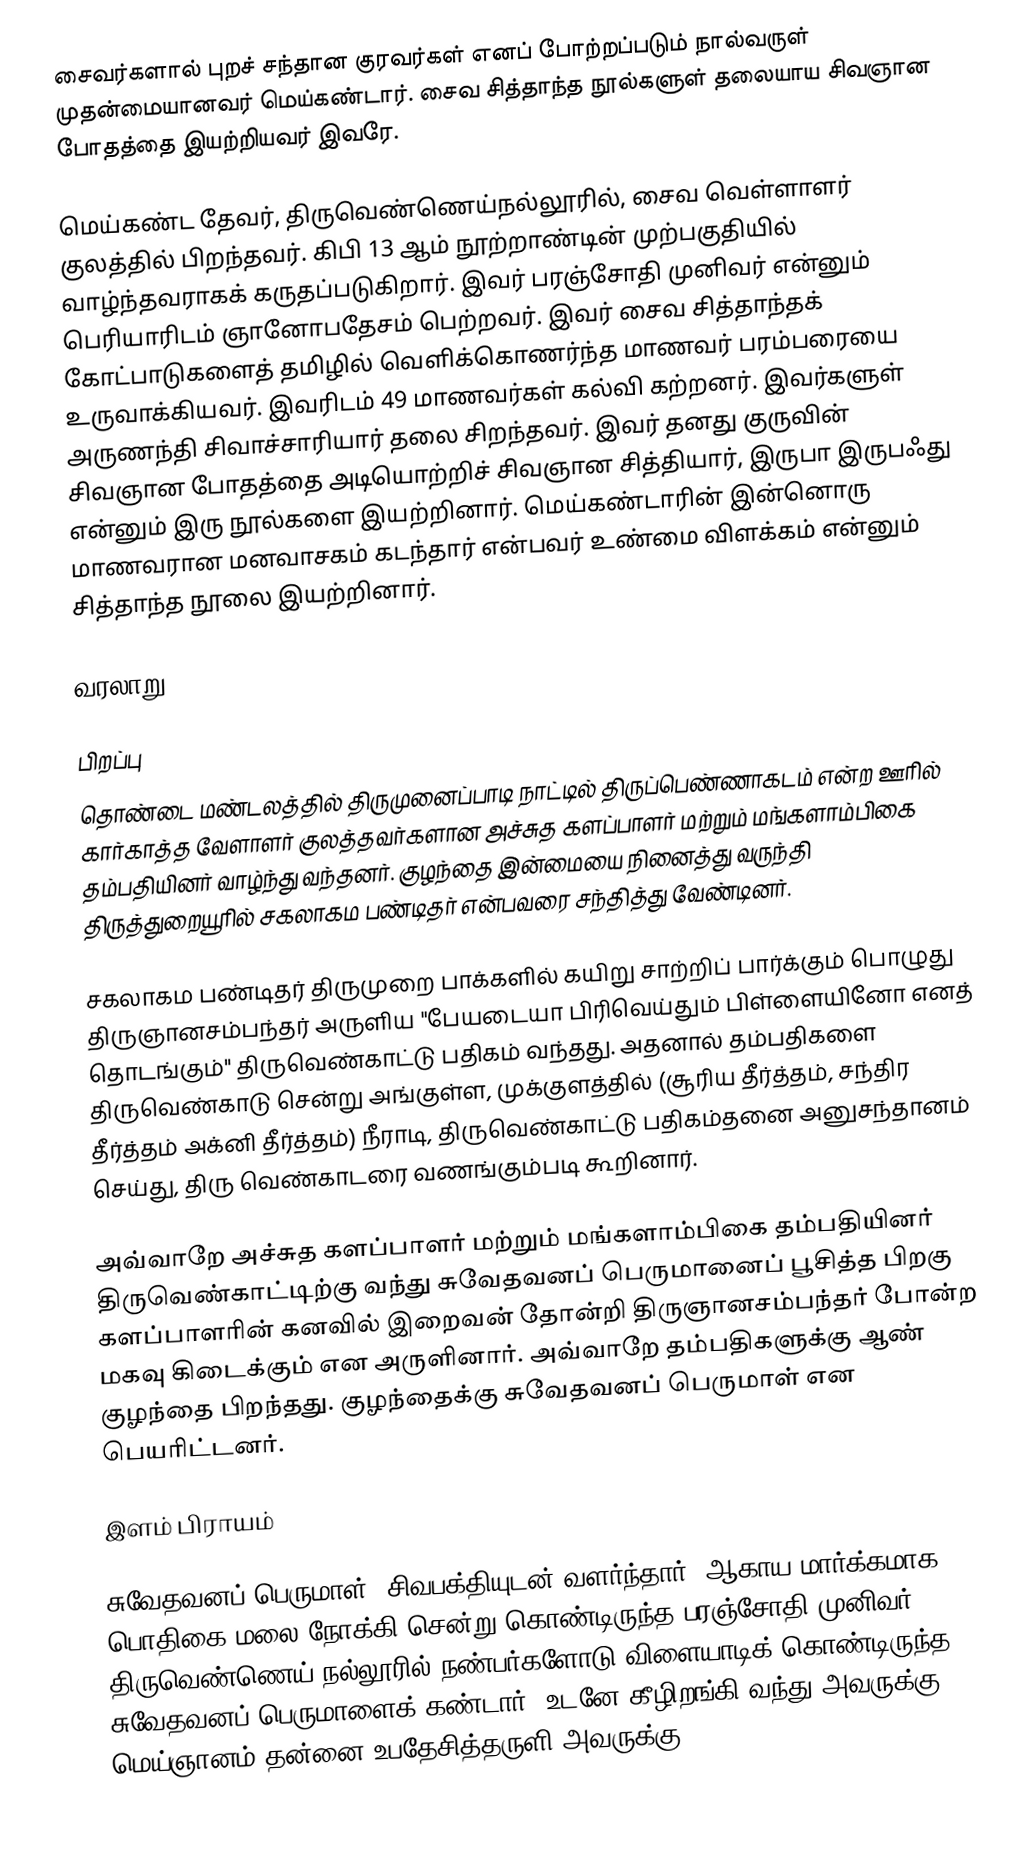
சைவர்களால் புறச் சந்தான குரவர்கள் எனப் போற்றப்படும் நால்வருள் முதன்மையானவர் மெய்கண்டார். சைவ சித்தாந்த நூல்களுள் தலையாய சிவஞான போதத்தை இயற்றியவர் இவரே.

மெய்கண்ட தேவர், திருவெண்ணெய்நல்லூரில், சைவ வெள்ளாளர் குலத்தில் பிறந்தவர். கிபி 13 ஆம் நூற்றாண்டின் முற்பகுதியில் வாழ்ந்தவராகக் கருதப்படுகிறார். இவர் பரஞ்சோதி முனிவர் என்னும் பெரியாரிடம் ஞானோபதேசம் பெற்றவர். இவர் சைவ சித்தாந்தக் கோட்பாடுகளைத் தமிழில் வெளிக்கொணர்ந்த மாணவர் பரம்பரையை உருவாக்கியவர். இவரிடம் 49 மாணவர்கள் கல்வி கற்றனர். இவர்களுள் அருணந்தி சிவாச்சாரியார் தலை சிறந்தவர். இவர் தனது குருவின் சிவஞான போதத்தை அடியொற்றிச் சிவஞான சித்தியார், இருபா இருபஃது என்னும் இரு நூல்களை இயற்றினார். மெய்கண்டாரின் இன்னொரு மாணவரான மனவாசகம் கடந்தார் என்பவர் உண்மை விளக்கம் என்னும் சித்தாந்த நூலை இயற்றினார்.

வரலாறு

பிறப்பு
தொண்டை மண்டலத்தில்  திருமுனைப்பாடி நாட்டில் திருப்பெண்ணாகடம் என்ற ஊரில் கார்காத்த வேளாளர் குலத்தவர்களான அச்சுத களப்பாளர் மற்றும் மங்களாம்பிகை தம்பதியினர் வாழ்ந்து வந்தனர். குழந்தை இன்மையை நினைத்து வருந்தி திருத்துறையூரில் சகலாகம பண்டிதர் என்பவரை சந்தித்து வேண்டினர்.

சகலாகம பண்டிதர் திருமுறை பாக்களில் கயிறு சாற்றிப் பார்க்கும் பொழுது திருஞானசம்பந்தர் அருளிய "பேயடையா பிரிவெய்தும் பிள்ளையினோ எனத் தொடங்கும்" திருவெண்காட்டு பதிகம் வந்தது. அதனால் தம்பதிகளை திருவெண்காடு சென்று அங்குள்ள, முக்குளத்தில் (சூரிய தீர்த்தம், சந்திர தீர்த்தம் அக்னி தீர்த்தம்) நீராடி, திருவெண்காட்டு பதிகம்தனை அனுசந்தானம் செய்து, திரு வெண்காடரை வணங்கும்படி கூறினார்.

அவ்வாறே அச்சுத களப்பாளர் மற்றும் மங்களாம்பிகை தம்பதியினர் திருவெண்காட்டிற்கு வந்து சுவேதவனப் பெருமானைப் பூசித்த பிறகு களப்பாளரின் கனவில் இறைவன் தோன்றி திருஞானசம்பந்தர் போன்ற மகவு கிடைக்கும் என அருளினார். அவ்வாறே தம்பதிகளுக்கு ஆண் குழந்தை பிறந்தது. குழந்தைக்கு சுவேதவனப் பெருமாள் என பெயரிட்டனர்.

இளம் பிராயம்

சுவேதவனப் பெருமாள், சிவபக்தியுடன் வளர்ந்தார். ஆகாய மார்க்கமாக பொதிகை மலை நோக்கி சென்று கொண்டிருந்த பரஞ்சோதி முனிவர், திருவெண்ணெய் நல்லூரில் நண்பர்களோடு விளையாடிக் கொண்டிருந்த சுவேதவனப் பெருமாளைக் கண்டார். உடனே கீழிறங்கி வந்து அவருக்கு மெய்ஞானம் தன்னை உபதேசித்தருளி அவருக்கு